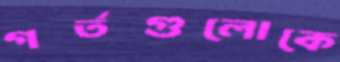
গর্তগুলোকে